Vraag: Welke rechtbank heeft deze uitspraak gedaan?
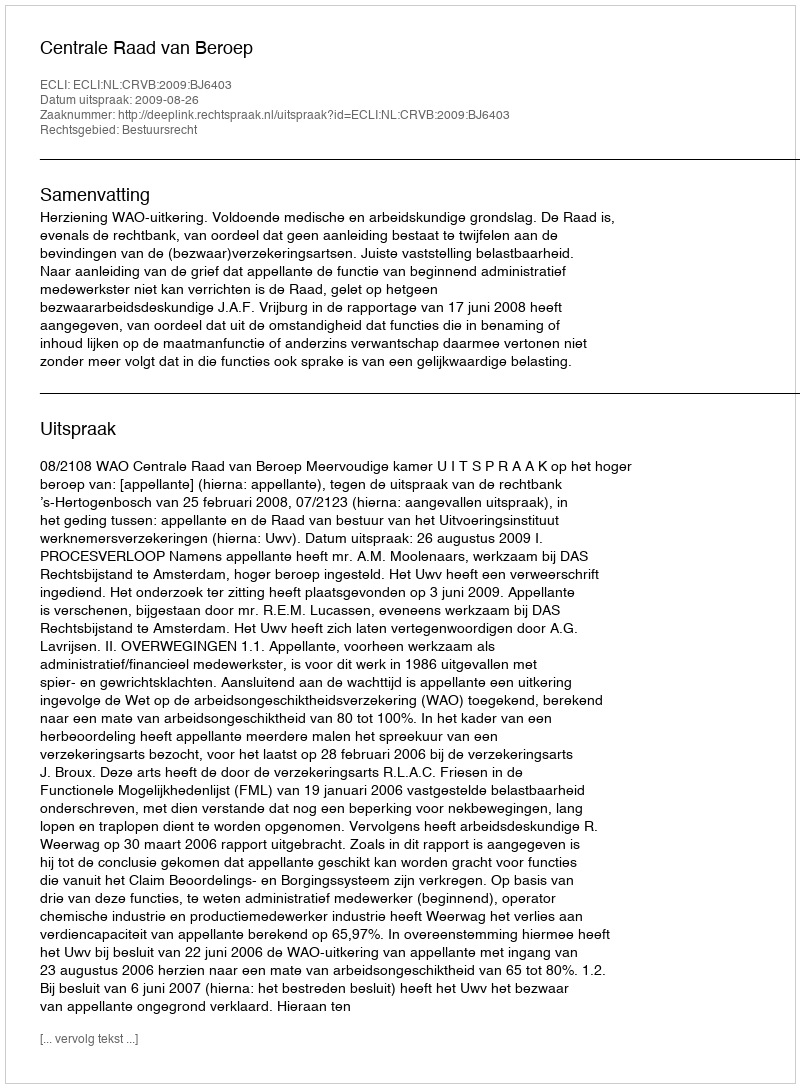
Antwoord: Centrale Raad van Beroep